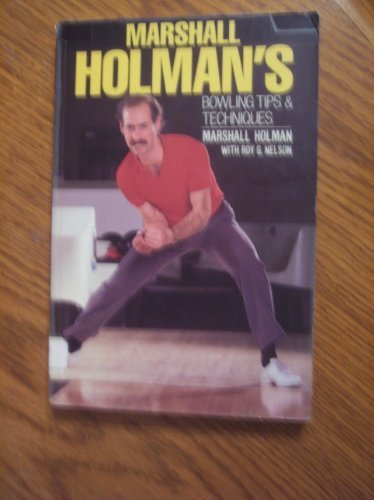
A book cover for Marshall Holman's Bowling Tips and Techniques; Marshall Holman; Sports & Outdoors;